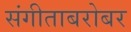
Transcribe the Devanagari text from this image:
संगीताबरोबर